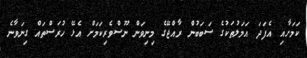
ކަމަށާއި އެފަދަ އަމަލުތަކުގެ ސަބަބުން ރާއްޖޭގެ މިނިވަން ނޫސްވެރިކަމަށް އެޅޭ ހުރަސްތައް ގިނަވާނެ